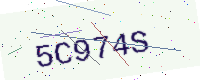
Text: 5C974S